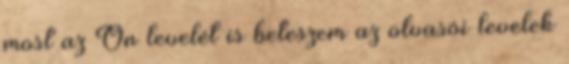
most az Ön levelét is beteszem az olvasói levelek